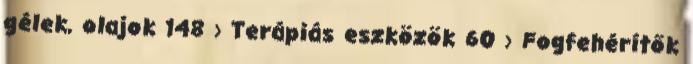
gélek, olajok 148 › Terápiás eszközök 60 › Fogfehérítők